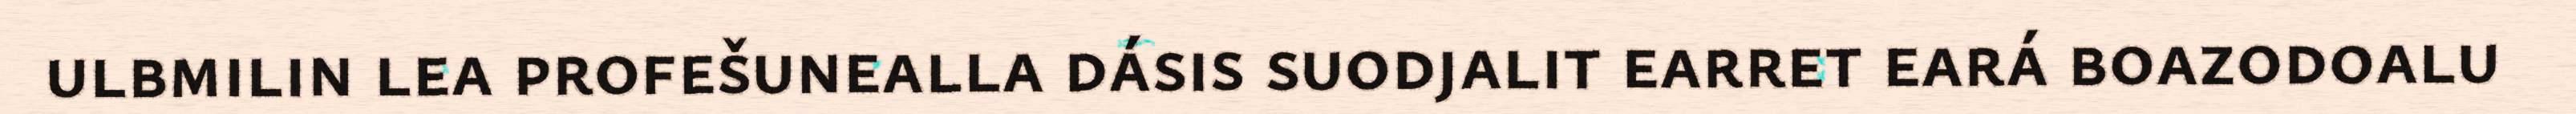
ulbmilin lea profešunealla dásis suodjalit earret eará boazodoalu